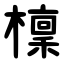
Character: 檁